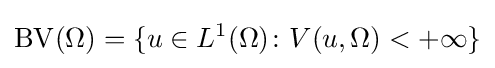
\operatorname {\operatorname {BV} } (\Omega )=\{u\in L^{1}(\Omega )\colon V(u,\Omega )<+\infty \}